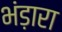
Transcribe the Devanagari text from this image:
भंड़ारा